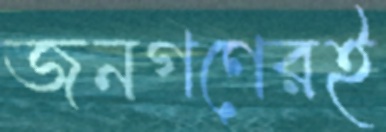
জনগণেরই